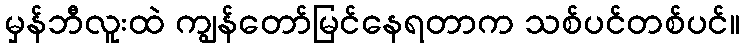
မှန်ဘီလူးထဲ ကျွန်တော်မြင်နေရတာက သစ်ပင်တစ်ပင်။